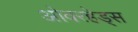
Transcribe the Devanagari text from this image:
ओवरहेड्स